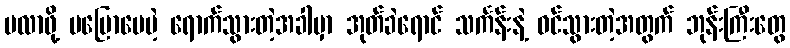
မလာဖို့ မပြောပေမဲ့ ရောက်သွားတဲ့အခါမှာ အုတ်ခဲရောင် သင်္ကန်းနဲ့ ဝင်သွားတဲ့အတွက် ဘုန်းကြီးတွေ